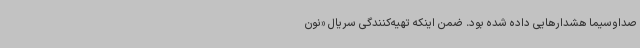
صداوسیما هشدارهایی داده شده بود. ضمن اینکه تهیه‌کنندگی سریال «نون